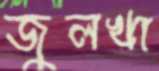
জুলখা